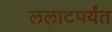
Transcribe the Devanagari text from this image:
ललाटपर्यंत